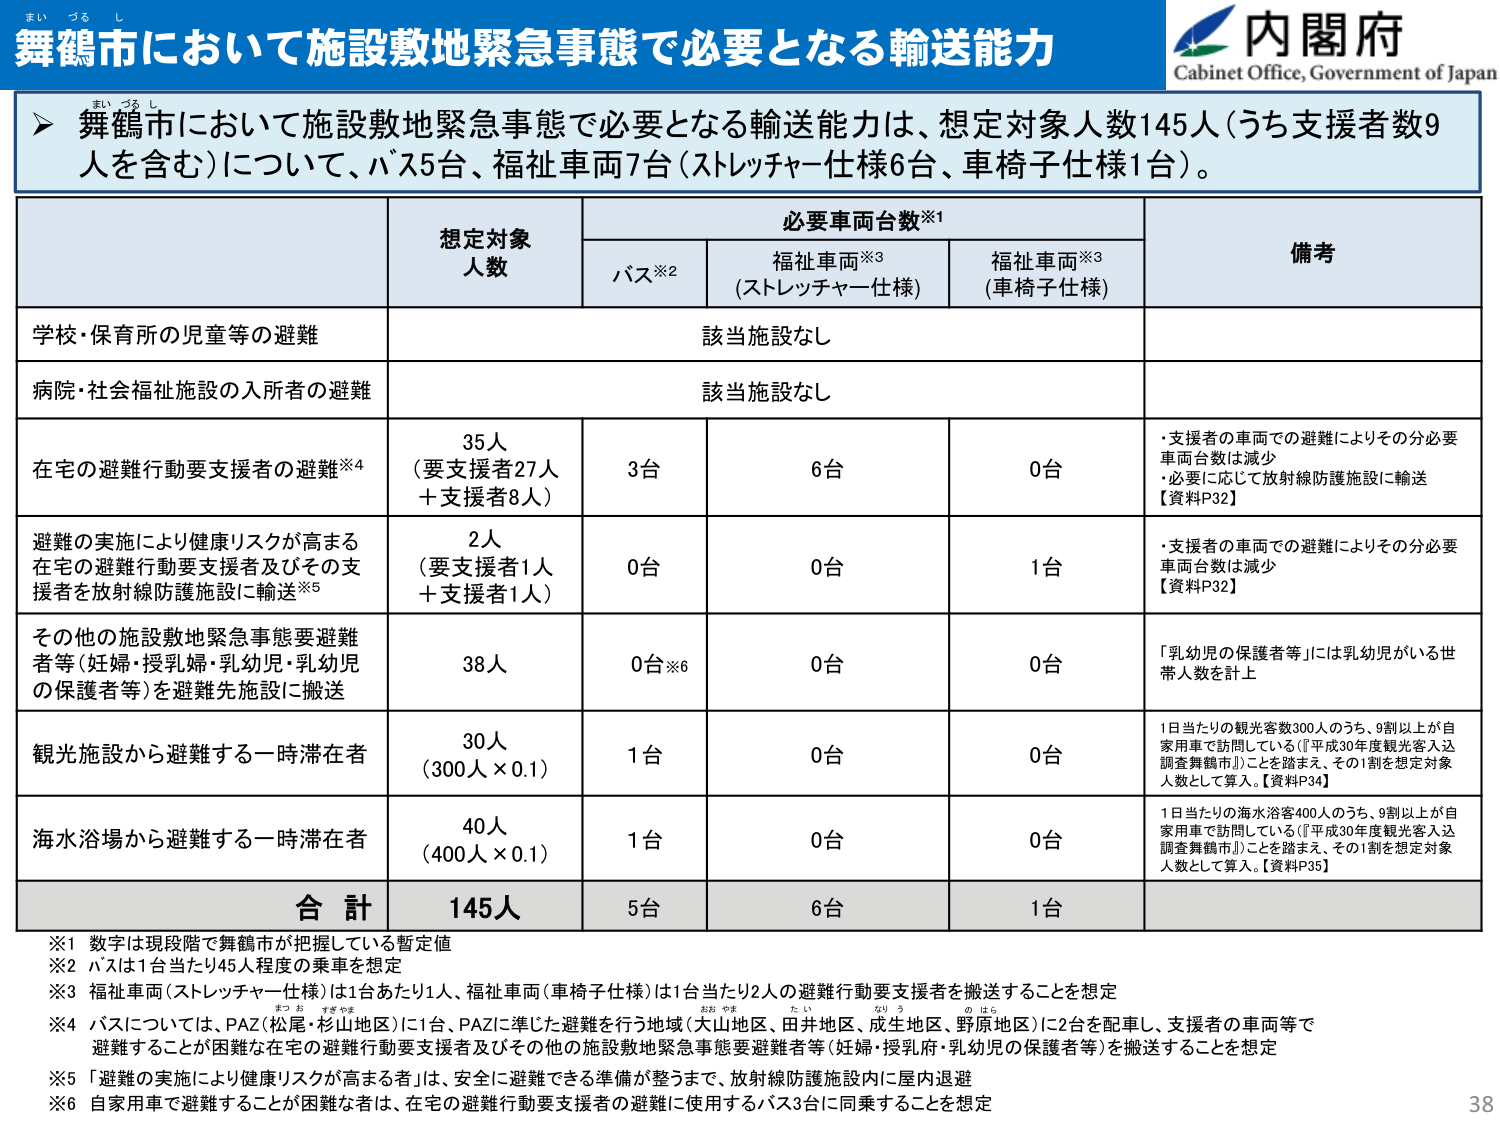
まい づる し
舞鶴市において施設敷地緊急事態で必要となる輸送能力
内閣府
Cabinet Office, Government of Japan

➤ 舞鶴市において施設敷地緊急事態で必要となる輸送能力は、想定対象人数145人（うち支援者数9人を含む）について、バス5台、福祉車両7台（ストレッチャー仕様6台、車椅子仕様1台）。

必要車両台数※1
想定対象人数
バス※2
福祉車両※3（ストレッチャー仕様）
福祉車両※3（車椅子仕様）
備考

学校・保育所の児童等の避難
該当施設なし

病院・社会福祉施設の入所者の避難
該当施設なし

在宅の避難行動要支援者の避難※4
35人（要支援者27人＋支援者8人）
3台
6台
0台
・支援者の車両での避難によりその分必要車両台数は減少
・必要に応じて放射線防護施設に輸送
【資料P32】

避難の実施により健康リスクが高まる在宅の避難行動要支援者及びその支援者を放射線防護施設に輸送※5
2人（要支援者1人＋支援者1人）
0台
0台
1台
・支援者の車両での避難によりその分必要車両台数は減少
【資料P32】

その他の施設敷地緊急事態要避難者等（妊婦・授乳婦・乳幼児・乳幼児の保護者等）を避難先施設に搬送
38人
0台※6
0台
0台
「乳幼児の保護者等」には乳幼児がいる世帯人数を計上

観光施設から避難する一時滞在者
30人（300人×0.1）
1台
0台
0台
1日当たりの観光客数300人のうち、9割以上が自家用車で訪問している（『平成30年度観光客入込調査舞鶴市』）ことを踏まえ、その1割を想定対象人数として算入。【資料P34】

海水浴場から避難する一時滞在者
40人（400人×0.1）
1台
0台
0台
1日当たりの海水浴客400人のうち、9割以上が自家用車で訪問している（『平成30年度観光客入込調査舞鶴市』）ことを踏まえ、その1割を想定対象人数として算入。【資料P35】

合計
145人
5台
6台
1台

※1 数字は現段階で舞鶴市が把握している暫定値
※2 バスは1台当たり45人程度の乗車を想定
※3 福祉車両（ストレッチャー仕様）は1台あたり1人、福祉車両（車椅子仕様）は1台あたり2人の避難行動要支援者を搬送することを想定
※4 バスについては、PAZ（松尾・杉山地区）に1台、PAZに準じた避難を行う地域（大山地区、田井地区、成生地区、野原地区）に2台を配車し、支援者の車両等で避難することが困難な在宅の避難行動要支援者及びその他の施設敷地緊急事態要避難者等（妊婦・授乳婦・乳幼児の保護者等）を搬送することを想定
※5 「避難の実施により健康リスクが高まる者」は、安全に避難できる準備が整うまで、放射線防護施設内に屋内退避
※6 自家用車で避難することが困難な者は、在宅の避難行動要支援者の避難に使用するバス3台に同乗することを想定

38